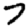
Digit: 7